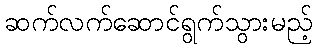
ဆက်လက်ဆောင်ရွက်သွားမည့်